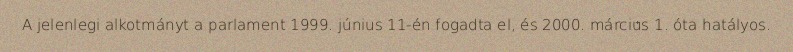
A jelenlegi alkotmányt a parlament 1999. június 11-én fogadta el, és 2000. március 1. óta hatályos.